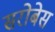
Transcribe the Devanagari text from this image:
सरोबेस